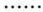
……